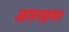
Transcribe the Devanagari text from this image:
आसनक्षमत